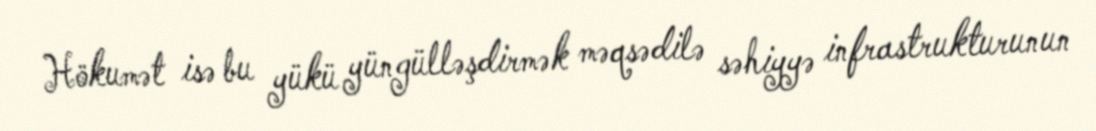
Hökumət isə bu yükü yüngülləşdirmək məqsədilə səhiyyə infrastrukturunun